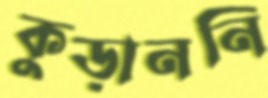
কুড়াননি